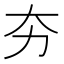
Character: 夯